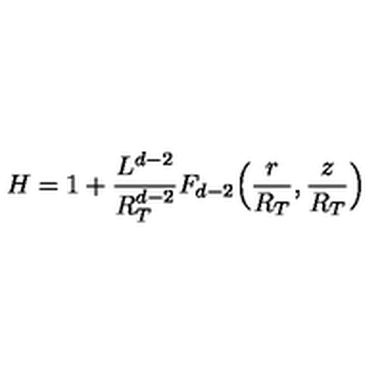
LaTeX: H = 1 + \frac { L ^ { d - 2 } } { R _ { T } ^ { d - 2 } } F _ { d - 2 } \Big ( \frac { r } { R _ { T } } , \frac { z } { R _ { T } } \Big )